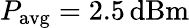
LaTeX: P_{\mathrm{avg}}=2.5\, \mathrm{dBm}